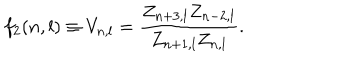
f _ { 2 } ( n , l ) \equiv V _ { n , l } = \frac { Z _ { n + 3 , l } Z _ { n - 2 , l } } { Z _ { n + 1 , l } Z _ { n , l } } .